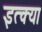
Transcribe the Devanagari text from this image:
इत्क्या